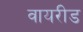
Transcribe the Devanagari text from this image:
वायरीड